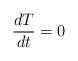
LaTeX: \begin{align*}\frac{dT}{dt}=0\end{align*}